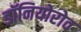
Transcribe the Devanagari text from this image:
डॉनियोरोव